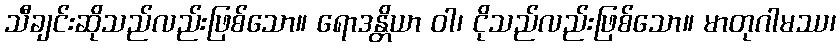
သီချင်းဆိုသည်လည်းဖြစ်သော။ ရောဒန္တိယာ ဝါ၊ ငိုသည်လည်းဖြစ်သော။ မာတုဂါမဿ၊